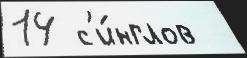
14 с'и́нглов